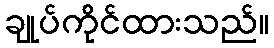
ချုပ်ကိုင်ထားသည်။